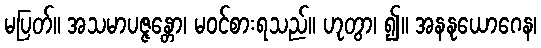
မပြတ်။ အသမာပဇ္ဇန္တော၊ မဝင်စားရသည်။ ဟုတွာ၊ ၍။ အနနုယောဂေန၊